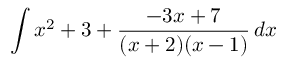
\int x ^ { 2 } + 3 + { \frac { - 3 x + 7 } { ( x + 2 ) ( x - 1 ) } } \, d x